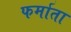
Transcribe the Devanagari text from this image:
फर्माता